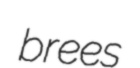
brees